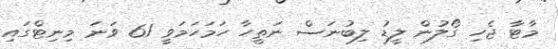
މާޓާ ޖެހި ގޯލުން ލީޑު ލިބުނަސް ނަތީހާ ހަމަހަމަވީ 61 ވަނަ މިނިޓްގައި